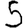
Digit: 5